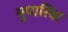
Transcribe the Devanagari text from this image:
मुपारिवा